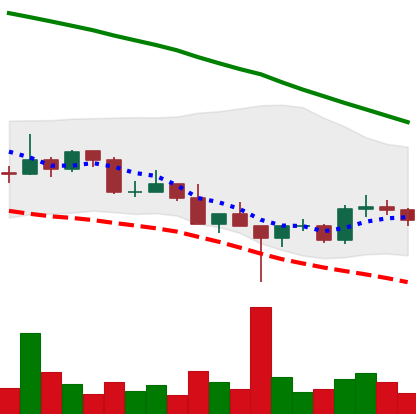
Ticker: DOGE-USD
Chart end date: 2022-03-03
Forward return: -9.707%
Label: down_7plus